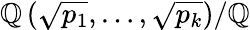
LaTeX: \mathbb{Q}\left({\sqrt{p_{1}}},\ldots,{\sqrt{p_{k}}}\right)/\mathbb{Q}